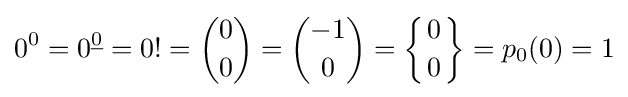
0^{0}=0^{\underline {0}}=0!={\binom {0}{0}}={\binom {-1}{0}}=\left\{{0 \atop 0}\right\}=p_{0}(0)=1